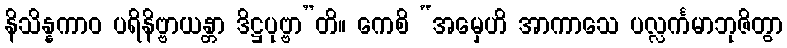
နိသိန္နကာဝ ပရိနိဗ္ဗာယန္တာ ဒိဋ္ဌပုဗ္ဗာ”တိ။ ကေစိ “အမှေဟိ အာကာသေ ပလ္လင်္ကမာဘုဇိတွာ